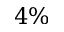
4 \%